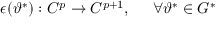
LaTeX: \epsilon ( \vartheta ^ { * } ) : C ^ { p } \rightarrow C ^ { p + 1 } , \; \; \; \; \; \forall \vartheta ^ { * } \in { \cal G } ^ { * }